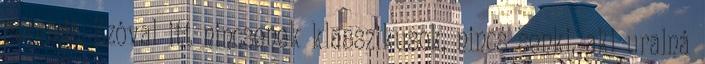
semmit. Szóval itt nincsenek klasszikusok, nincs senki, aki uralná